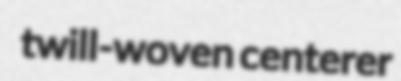
twill-woven centerer